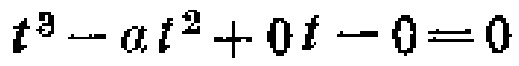
\(t^{3}-at^{2}+0t - 0 = 0\)